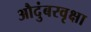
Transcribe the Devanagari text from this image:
औदुंबरवृक्षा